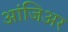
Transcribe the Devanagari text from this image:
आंजिअर